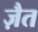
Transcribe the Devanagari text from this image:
ज़ैत